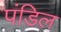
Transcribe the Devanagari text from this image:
पंडिल